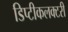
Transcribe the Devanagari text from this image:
डिप्टीकलक्टरी